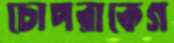
চোপরাকেগ